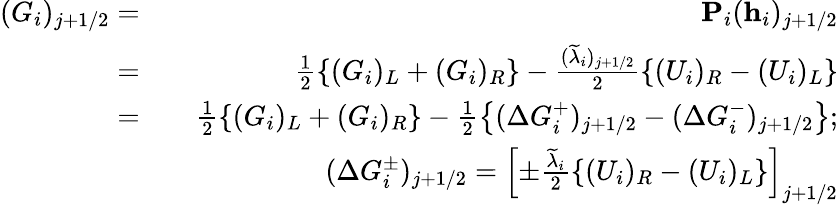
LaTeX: \begin{array}{rlr}{(G_{i})_{j+1/2}=}&{}&{\textbf{P}_{i}(\textbf{h}_{i})_{j+1/2}}\\ {=}&{}&{\frac{1}{2}\left\{ (G_{i})_{L}+(G_{i})_{R}\right\} -\frac{(\widetilde{\lambda}_{i})_{j+1/2}}{2}\left\{ (U_{i})_{R}-(U_{i})_{L}\right\} }\\ {=}&{}&{\frac{1}{2}\left\{ (G_{i})_{L}+(G_{i})_{R}\right\} -\frac{1}{2}\left\{ (\Delta G_{i}^{+})_{j+1/2}-(\Delta G_{i}^{-})_{j+1/2}\right\} ;}\\ &{}&{(\Delta G_{i}^{\pm})_{j+1/2}=\left[{\pm}\frac{\widetilde{\lambda}_{i}}{2}\left\{ (U_{i})_{R}-(U_{i})_{L}\right\} \right]_{j+1/2}}\end{array}